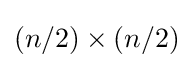
(n/2)\times (n/2)